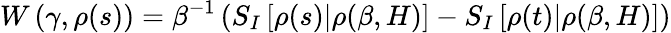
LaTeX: W\left(\gamma,\rho(s)\right)=\beta^{-1}\left(S_{I}\left[\rho(s)|\rho(\beta,H)\right]-S_{I}\left[\rho(t)|\rho(\beta,H)\right]\right)